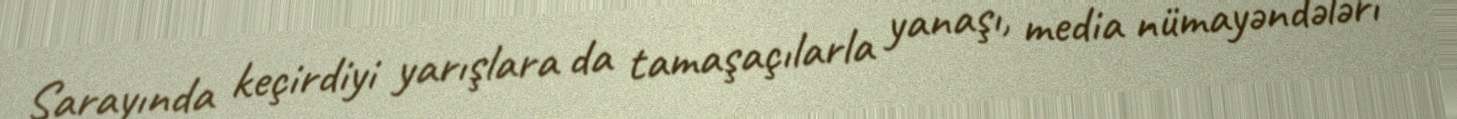
Sarayında keçirdiyi yarışlara da tamaşaçılarla yanaşı, media nümayəndələri